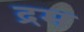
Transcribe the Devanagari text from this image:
द्रम